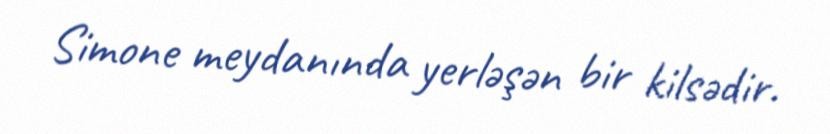
Simone meydanında yerləşən bir kilsədir.